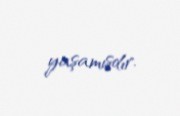
yaşamışdır.